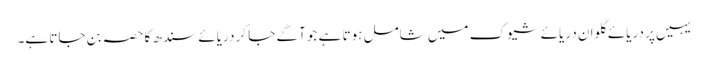
یہیں پر دریائے گلوان دریائے شیوک میں شامل ہوتا ہے جو آگے جا کر دریائے سندھ کا حصہ بن جاتا ہے۔